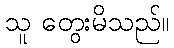
သူ တွေးမိသည်။